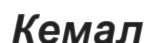
Кемал